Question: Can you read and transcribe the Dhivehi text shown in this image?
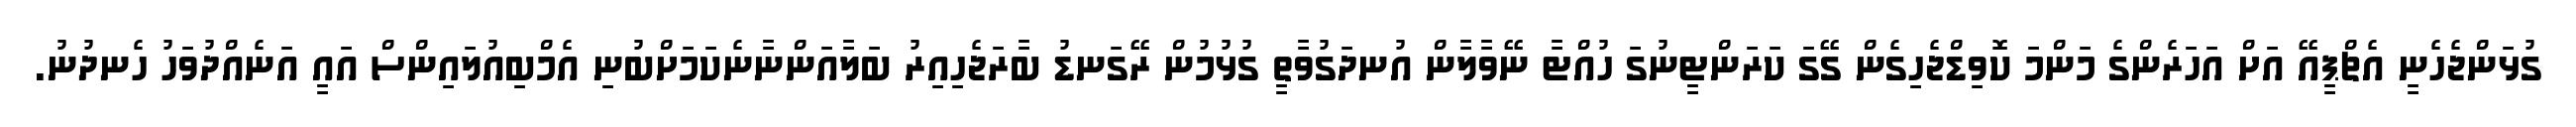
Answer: ގުޅަންޖެހެނީ އެޗްޕީއޭ އަށް އަހަރެންގެ މަންމަ ކޮވިޑްޖެހިގެން ގޭގަ ކަރަންޓީނުގަ ހުއްޓާ ނޭވާލާން އުނދަގުވާތީ ގުޅުމުން ރޭގަނޑު ބާރަޖެހިއިރު ބަލާއަންނާނެކަމަށްބުނި އެމްބިއުލައިންސް އައީ އަނެއްދުވަހު ހެނދުނު.